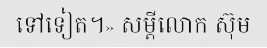
ទៅទៀត។» សម្តីលោក ស៊ុម